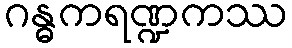
ဂန္ဓကရဏ္ဍကဿ